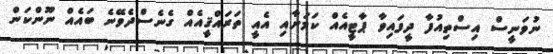
ނުވަނީސް އިސްތިއުފާ ދީފައިވާ ޕާޓީއެއް ކަމަށާއި އެއީ ތަރައްޤީއެއް ގެނެސްދެވޭނެ ބައެއް ނޫންކަން